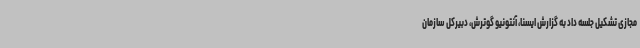
مجازی تشکیل جلسه داد به گزارش ایسنا، آنتونیو گوترش، دبیرکل سازمان